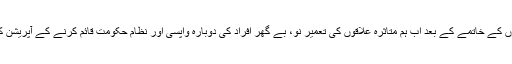
انہوں نے کہا کہ دہشت گردوں اور ان کے ٹھکانوں کے خاتمے کے بعد اب ہم متاثرہ علاقوں کی تعمیر نو، بے گھر افراد کی دوبارہ واپسی اور نظام حکومت قائم کرنے کے آپریشن کے سب سے مشکل مرحلے میں داخل ہوگئے ہیں۔